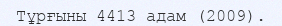
Тұрғыны 4413 адам (2009).